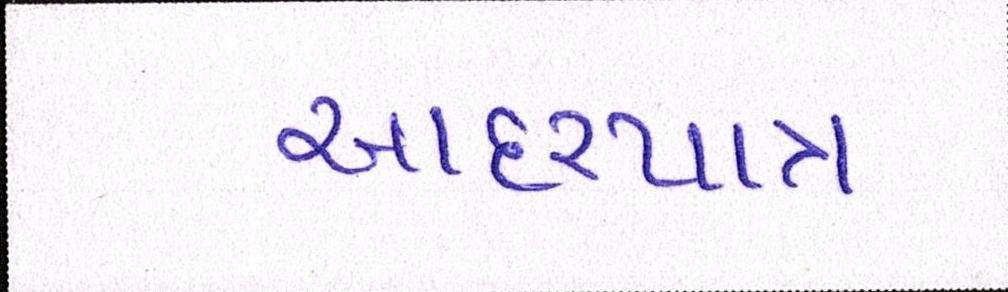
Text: આદરપાત્ર